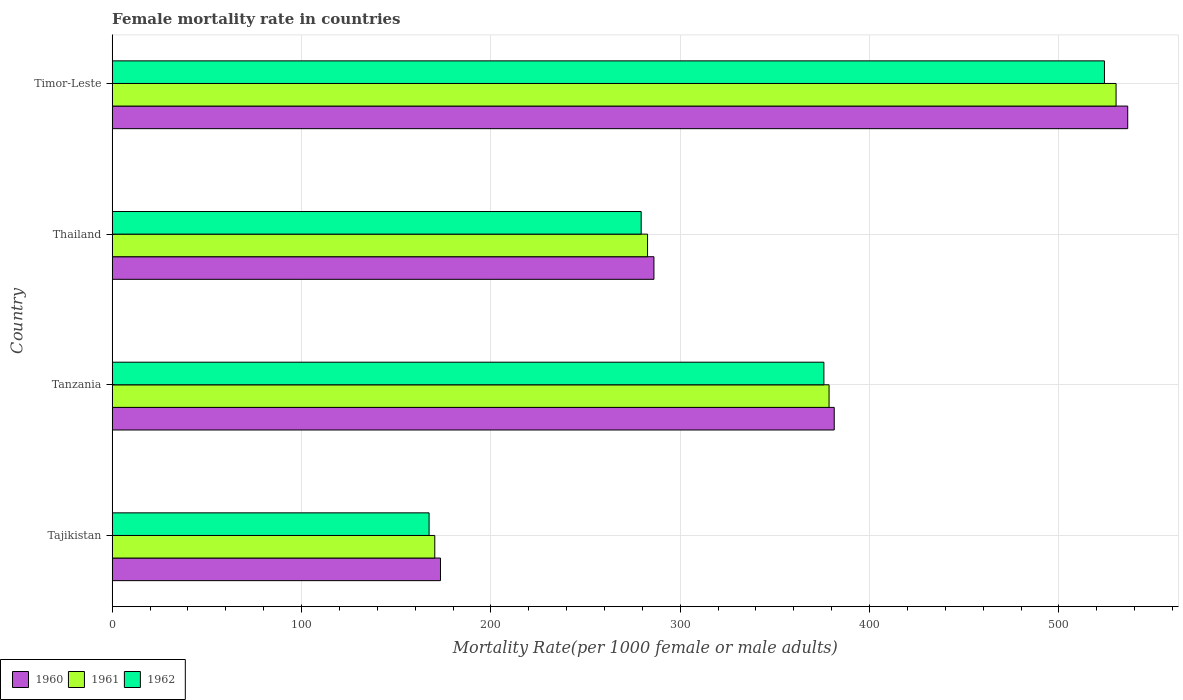
| Country | 1960 | 1961 | 1962 |
 | --- | --- | --- | --- |
 | Tajikistan | 173 | 170 | 167 |
 | Tanzania | 381 | 379 | 376 |
 | Thailand | 286 | 283 | 279 |
 | Timor-Leste | 536 | 530 | 524 |